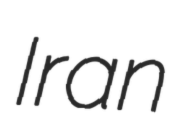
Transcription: Iran